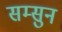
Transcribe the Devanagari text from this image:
सम्सुन